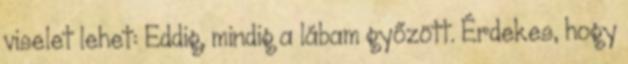
viselet lehet: Eddig, mindig a lábam győzött. Érdekes, hogy